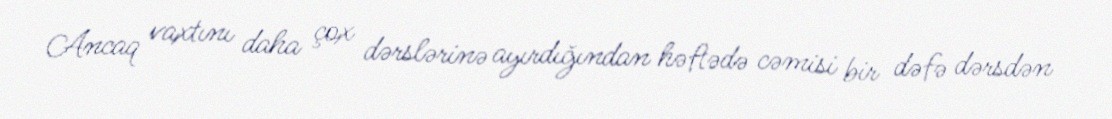
Ancaq vaxtını daha çox dərslərinə ayırdığından həftədə cəmisi bir dəfə dərsdən